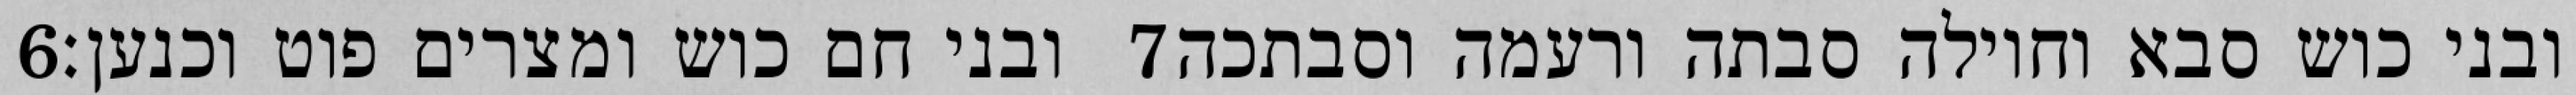
‎6‏ ובני חם כוש ומצרים פוט וכנען׃ ‎7‏ ובני כוש סבא וחוילה סבתה ורעמה וסבתכה